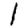
Digit: 1